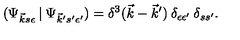
( \Psi _ { \vec { k } s \epsilon } \: | \: \Psi _ { \vec { k } ^ { \prime } s ^ { \prime } \epsilon ^ { \prime } } ) = \delta ^ { 3 } ( \vec { k } - \vec { k } ^ { \prime } ) \: \delta _ { \epsilon \epsilon ^ { \prime } } \: \delta _ { s s ^ { \prime } } .